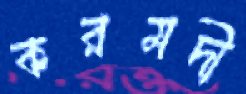
করমদী